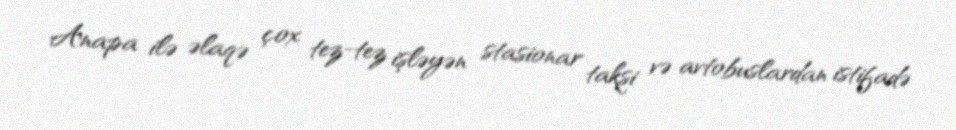
Anapa ilə əlaqə çox tez-tez işləyən stasionar taksi və avtobuslardan istifadə